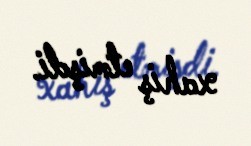
xahiş etmişdi.